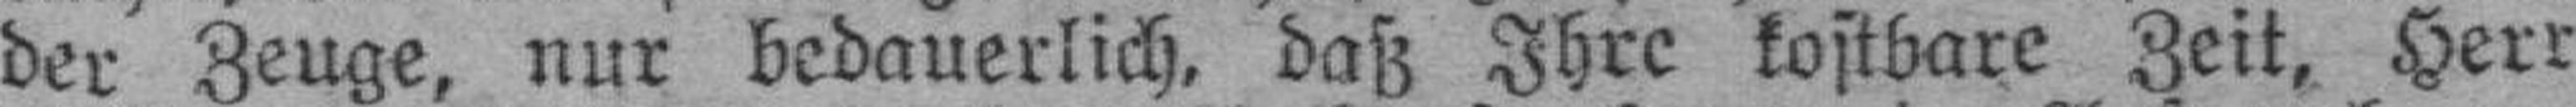
der Zeuge, nur bedauerlich, daß Ihre kostbare Zeit, Herr